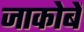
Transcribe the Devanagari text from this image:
जाकोबें